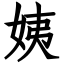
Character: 姨